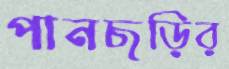
পানছড়ির